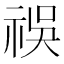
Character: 祦